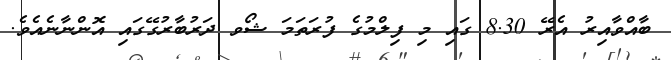
ބާއްވާއިރު އެރޭ 8.30 ގައި މި ފިލްމުގެ ފުރަތަމަ ޝޯވ ދަރުބާރުގޭގައި އޮންނާނެއެވެ.